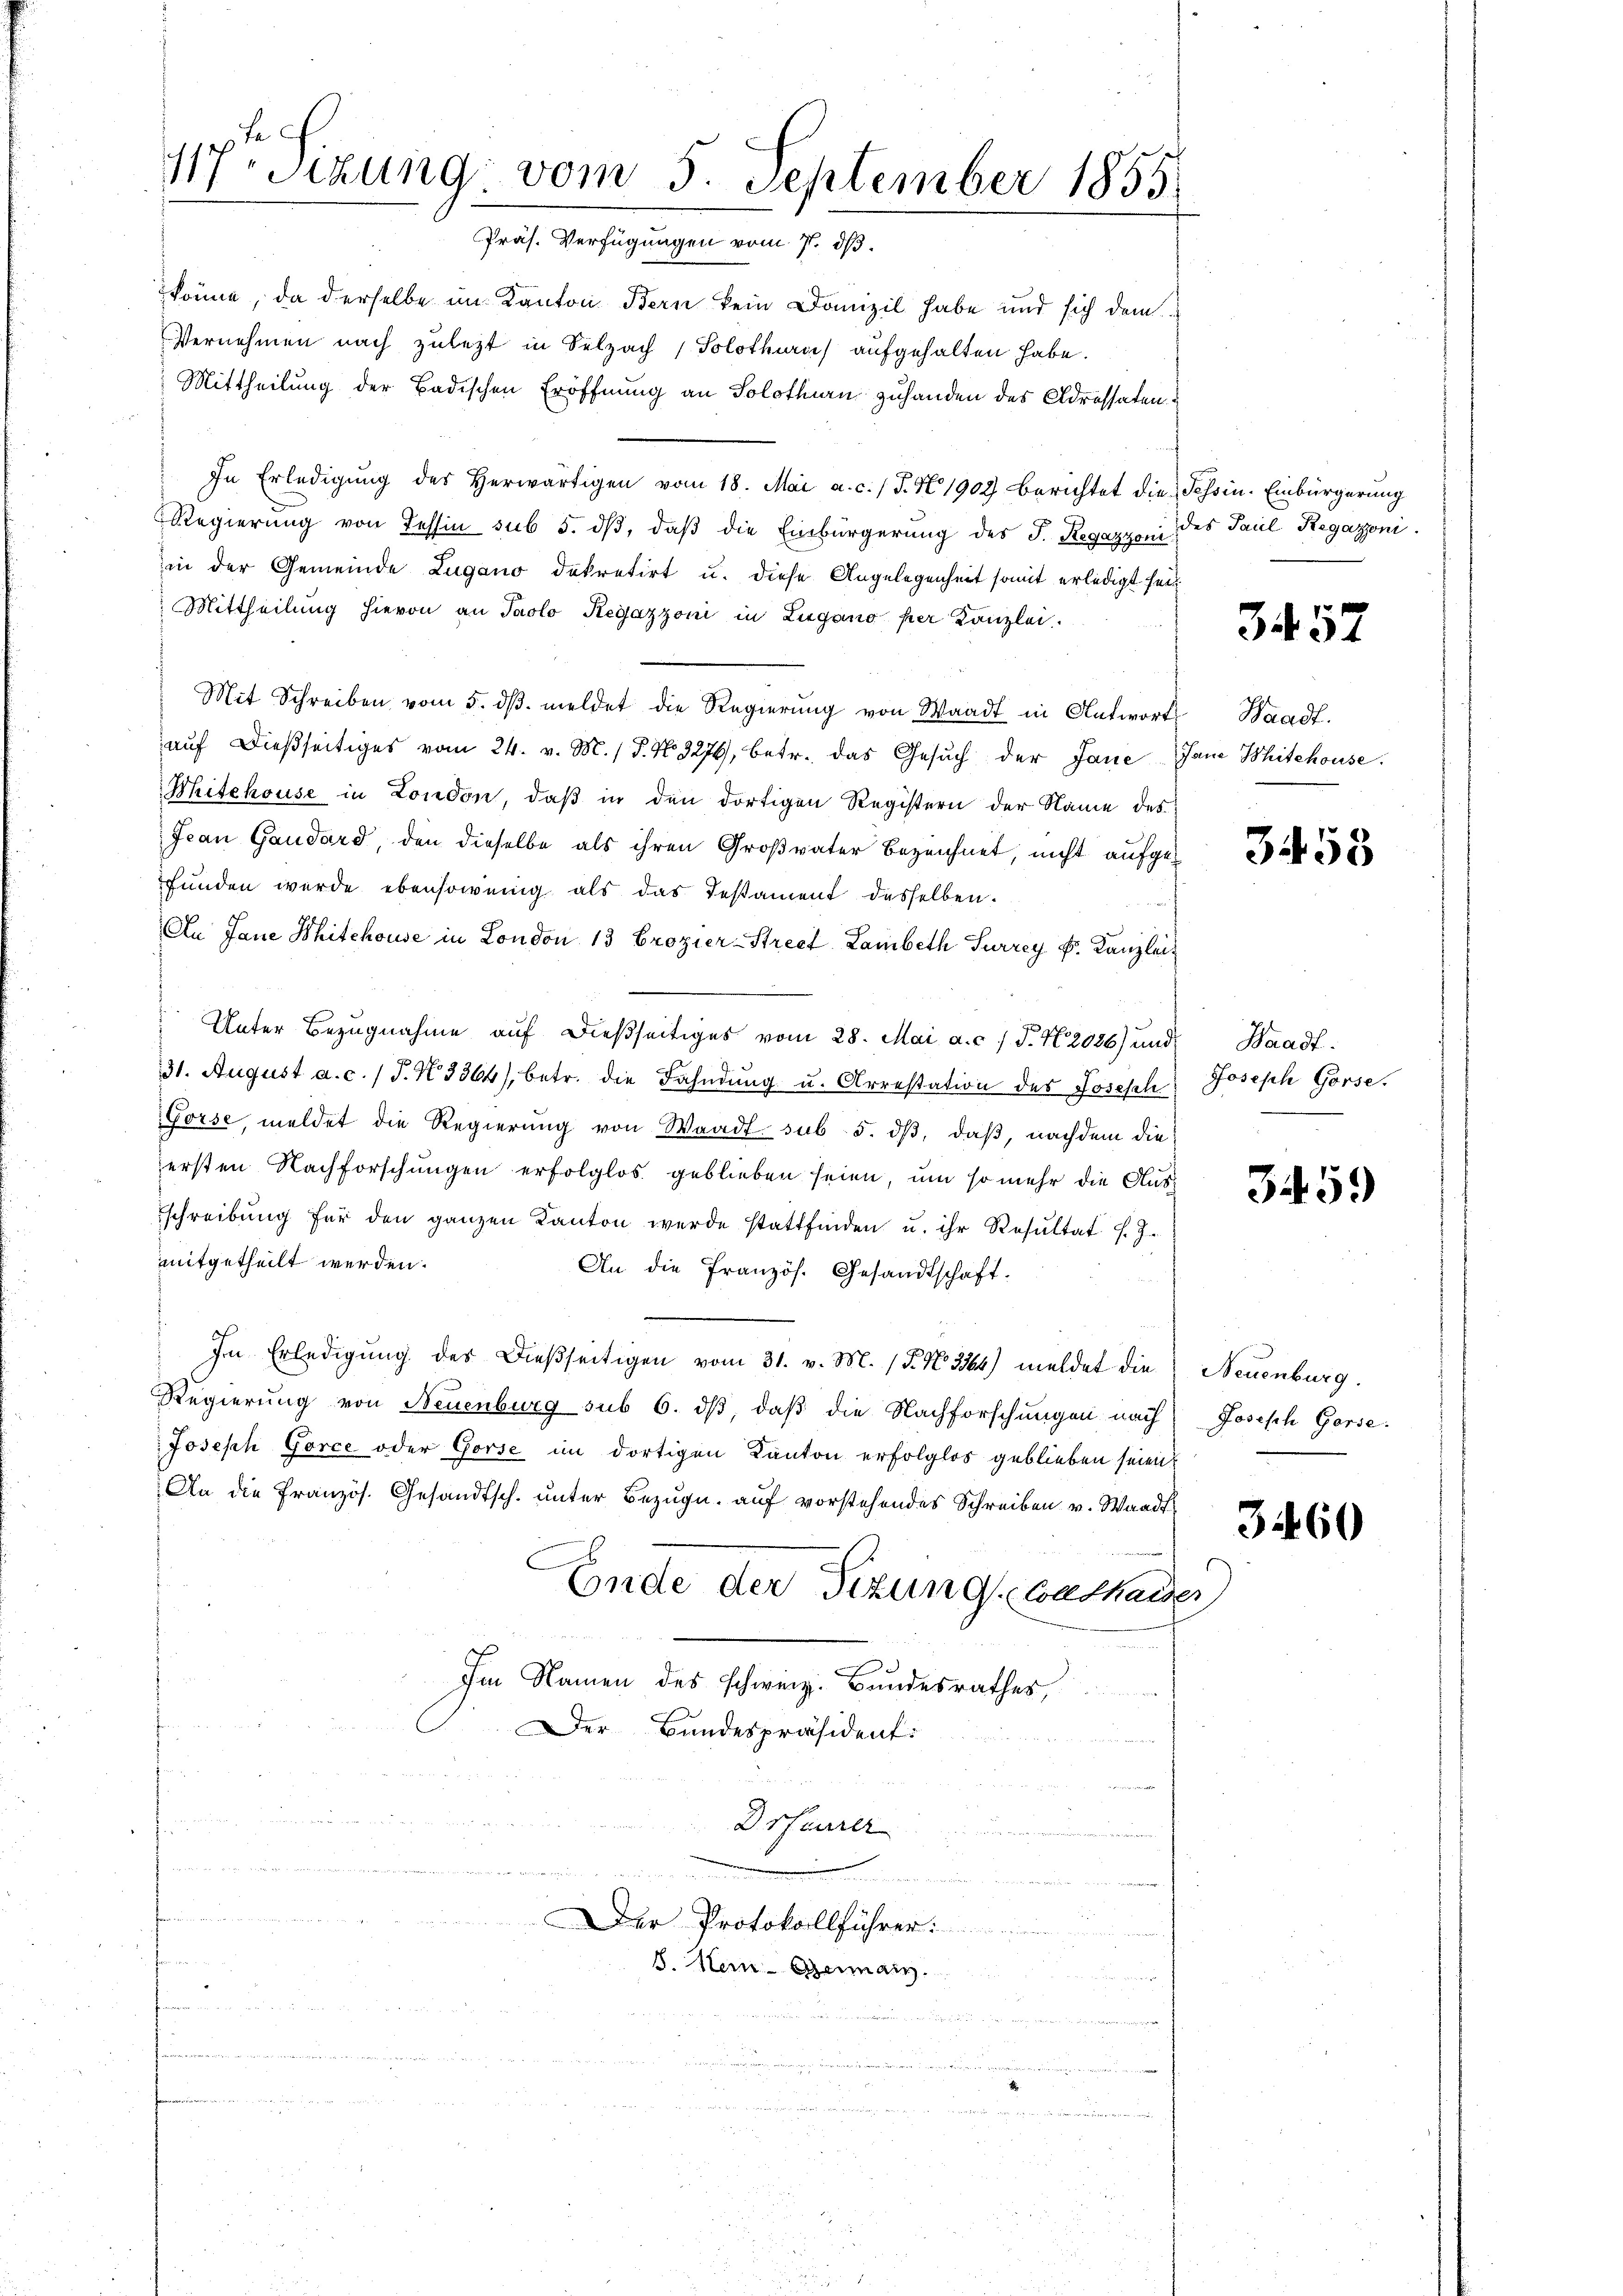
könne, da derselbe im Kanton Bern kein Domizil habe und sich dem
Vernehmen nach zuletzt in Selzach, Solothurn aufgehalten habe.
Mittheilung der Badischen Eröffnung an Solothurn zuhanden des Adressaten
In Erledigŭng des herwärtigen vom 18. Mai a. c. J. N. 1902 berichtet die Tessin. Einbürgerung
Regierung von Tessin sub 5. dβ, daß die Einbürgerung des J. Regazzoni des Paul Regazoni.
in der Gemeinde Lugano dekretirt u. diese Angelegenheit somit erledigt seit
Mittheilung hievon an Paolo Regazzoni in Zugano per Kanzlei.
Mit Schreiben vom 5. dβ. meldet die Regierŭng von Waadt in Antwort Waadt.
aŭf dießseitiges vom 24. v. M. / P. No. 3276, betr. das Gesŭch der Jane Jane Mitehouse.
Mitchouse in London, daß in den dortigen Registern der Name des
Jean Gaudard, den dieselbe als ihren Großvater bezeichnet, nicht aufgefunden wurde ebensowenig als das Testament desselben.
An Jane Whitchouse in London 13 Crozier-Street Lambeth Surrey Fr. Kanzlei¬
Unter Bezugnahme auf dießseitiges vom 28. Mai a. c. J. N. 2086) und
31. August a. c. / P. N. 3364), betr. die Fahndŭng u. Arrestation des Joseph Joseph Gorse.
Gorse, meldet die Regierung von Waadt sub 5. dß, daß, nachdem die
ersten Nachforschungen erfolglos geblieben seien, um so mehr die Aussschreibŭng für den ganzen Kanton werde stattfinden u. ihr Resŭltat l. J.
mitgetheilt werden.
An die Französ. Gesandtschaft.
In Erledigung des dießseitigen vom 31. v. M. (T. No. 3564) meldet die Neuenburg.
Regierung von Neuenburg sub 6. dβ, daß die Nachforschungen nach Joseph Gorse.
Joseph Gorce oder Görse im dortigen Kanton erfolglos geblieben seien?
An die Französ. Gesandtsch. unter Bezug auf vorstehendes Schreiben v. Waadt
Ende der Sizung Cathauses
Im Namen des schweiz. Bundesrathes,
Der Bundespräsident:
Drfeurer
n
u
Herten den
Der Protokollführer:
8. Hen-Germann.

117ten Sizung vom 5. September 1855.
Präs. Verfügungen vom 7. ds.

r den

3457

353

Waadt.

3459

3460